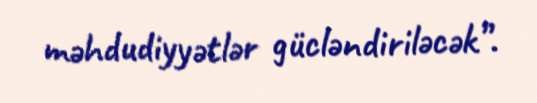
məhdudiyyətlər gücləndiriləcək”.